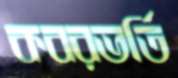
কবরভর্তি